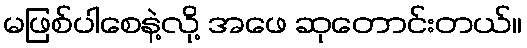
မဖြစ်ပါစေနဲ့လို့ အဖေ ဆုတောင်းတယ်။